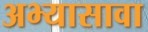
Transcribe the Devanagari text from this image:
अभ्यासावा